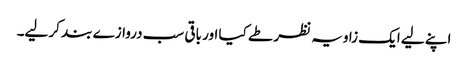
اپنے لیے ایک زاویہ نظر طے کیا اور باقی سب دروازے بند کر لیے۔